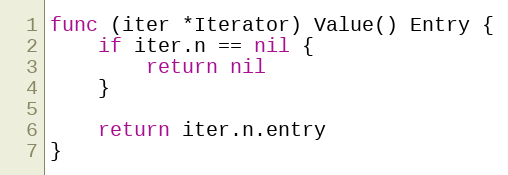
Language: Go
func (iter *Iterator) Value() Entry {
	if iter.n == nil {
		return nil
	}

	return iter.n.entry
}